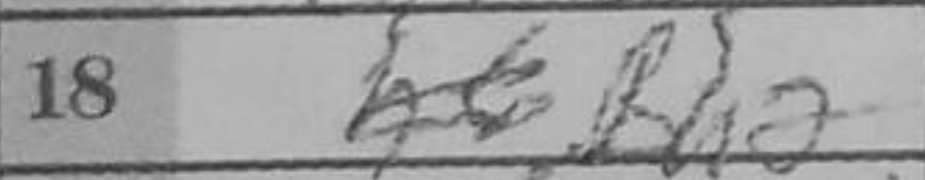
Transcription: Bh2